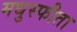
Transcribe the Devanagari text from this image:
मधुस्फीता